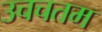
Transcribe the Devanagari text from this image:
उचचतम